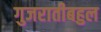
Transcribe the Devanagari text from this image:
गुजरातीबहुल